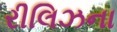
રીલિઝના